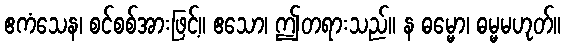
ဧကံသေန၊ စင်စစ်အားဖြင့်။ ဧသော၊ ဤတရားသည်။ န ဓမ္မော၊ ဓမ္မမဟုတ်။